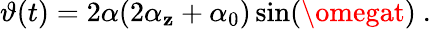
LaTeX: \vartheta(t)=2\alpha(2\alpha_{\mathbf{z}}+\alpha_{0})\sin(\omegat)\ .